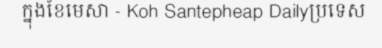
ក្នុងខែមេសា - Koh Santepheap Dailyប្រទេស